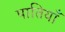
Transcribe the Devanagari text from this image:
पातियाँ